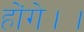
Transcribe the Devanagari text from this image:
होंगे।।